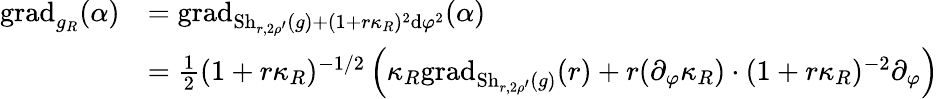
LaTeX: \begin{array}{rl}{\mathrm{grad}_{g_{R}}(\alpha)}&{=\mathrm{grad}_{\mathrm{Sh}_{r,2\rho^{\prime}}(g)+(1+r\kappa_{R})^{2}\mathrm{d}\varphi^{2}}(\alpha)}\\ &{=\frac{1}{2}(1+r\kappa_{R})^{-1/2}\left(\kappa_{R}\mathrm{grad}_{\mathrm{Sh}_{r,2\rho^{\prime}}(g)}(r)+r(\partial_{\varphi}\kappa_{R})\cdot(1+r\kappa_{R})^{-2}\partial_{\varphi}\right)}\end{array}